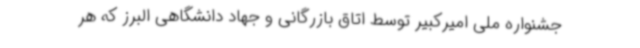
جشنواره ملی امیرکبیر توسط اتاق بازرگانی و جهاد دانشگاهی البرز که هر